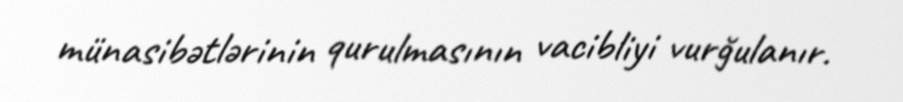
münasibətlərinin qurulmasının vacibliyi vurğulanır.